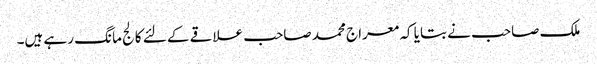
ملک صاحب نے بتایا کہ معراج محمد صاحب علاقے کے لئے کالج مانگ رہے ہیں۔